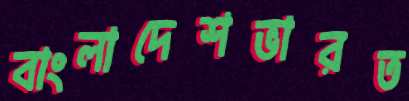
বাংলাদেশভারত